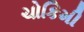
ચોકિમી